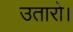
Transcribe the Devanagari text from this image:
उतारो।